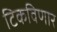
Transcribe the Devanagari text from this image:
टिकविणार